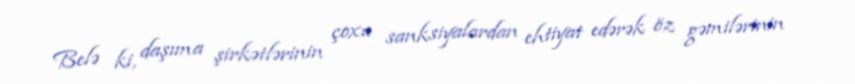
Belə ki, daşıma şirkətlərinin çoxu sanksiyalardan ehtiyat edərək öz gəmilərinin